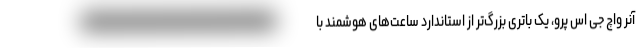
آنر واچ جی اس پرو، یک باتری بزرگ‌تر از استاندارد ساعت‌های هوشمند با